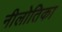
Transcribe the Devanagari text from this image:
नीलोतिका